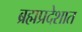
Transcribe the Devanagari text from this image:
ब्रह्मप्रदेशात